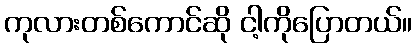
ကုလားတစ်ကောင်ဆို ငါ့ကိုပြောတယ်။